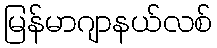
မြန်မာဂျာနယ်လစ်